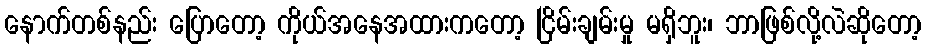
နောက်တစ်နည်း ပြောတော့ ကိုယ်အနေအထားကတော့ ငြိမ်းချမ်းမှု မရှိဘူး၊ ဘာဖြစ်လို့လဲဆိုတော့